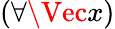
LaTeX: (\forall\Vec{x})